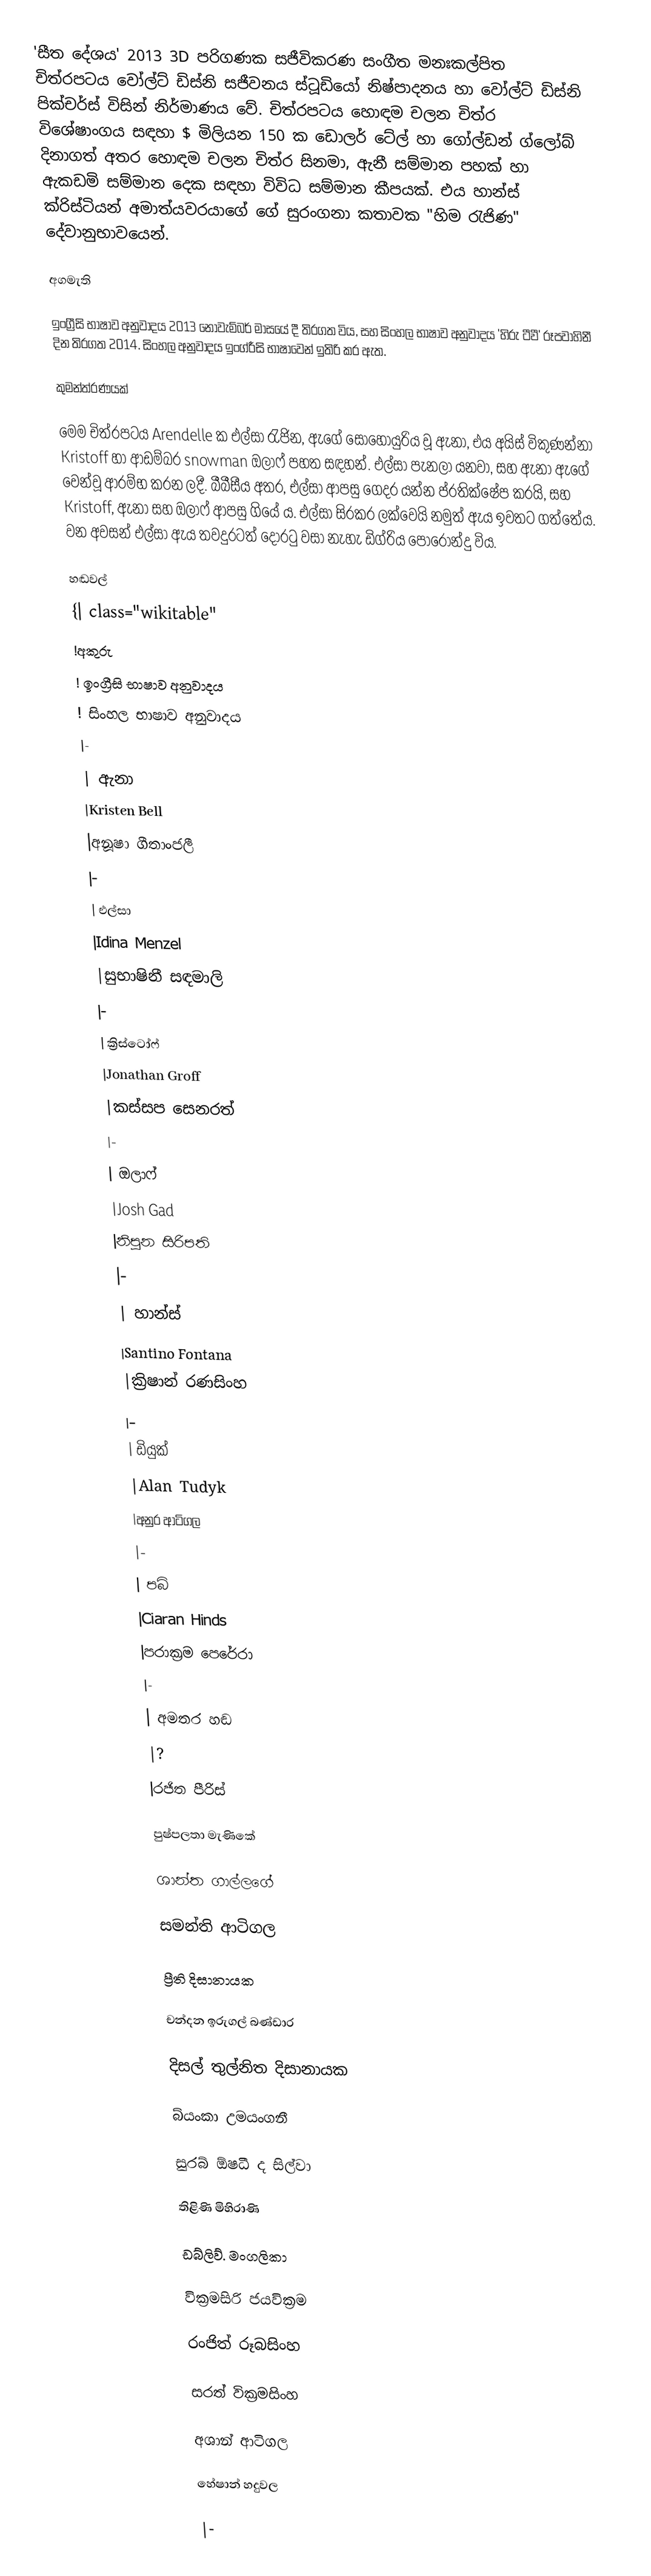
'සීත දේශය' 2013 3D පරිගණක සජීවිකරණ සංගීත මනඃකල්පිත චිත්රපටය වෝල්ට් ඩිස්නි සජීවනය ස්ටූඩියෝ නිෂ්පාදනය හා වෝල්ට් ඩිස්නි පික්චර්ස් විසින් නිර්මාණය වේ.  චිත්රපටය හොඳම චලන චිත්ර විශේෂාංගය සඳහා $ මිලියන 150 ක ඩොලර් ටේල් හා ගෝල්ඩන් ග්ලෝබ් දිනාගත් අතර හොඳම චලන චිත්ර සිනමා, ඇනී සම්මාන පහක් හා ඇකඩමි සම්මාන දෙක සඳහා විවිධ සම්මාන කීපයක්. එය හාන්ස් ක්රිස්ටියන් අමාත්යවරයාගේ ගේ සුරංගනා කතාවක "හිම රැජිණ" දේවානුභාවයෙන්.

අගමැති

ඉංග්‍රීසි භාෂාව අනුවාදය 2013 නොවැම්බර් මාසයේ දී තිරගත විය, සහ සිංහල භාෂාව අනුවාදය 'හිරු ටීවී' රූපවාහිනී දින තිරගත 2014. සිංහල අනුවාදය ඉංග්රීසි භාෂාවෙන් ඉතිරි කර ඇත.

කුමන්ත්රණයක්

මෙම චිත්රපටය Arendelle ක එල්සා රැජින, ඇගේ සොහොයුරිය වූ ඇනා, එය අයිස් විකුණන්නා Kristoff හා ආඩම්බර snowman ඔලාෆ් පහත සඳහන්. එල්සා පැනලා යනවා, සහ ඇනා ඇගේ වෙන්වූ ආරම්භ කරන ලදී. බීබීසීය අතර, එල්සා ආපසු ගෙදර යන්න ප්රතික්ෂේප කරයි, සහ Kristoff, ඇනා සහ ඔලාෆ් ආපසු ගියේ ය. එල්සා සිරකර ලක්වෙයි නමුත් ඇය ඉවතට ගත්තේය. වන අවසන් එල්සා ඇය තවදුරටත් දොරටු වසා නැහැ ඩිග්රිය පොරොන්දු විය.

හඬවල්
{| class="wikitable"
!අකුරු
! ඉංග්‍රීසි භාෂාව අනුවාදය
! සිංහල භාෂාව අනුවාදය
|-
| ඇනා
|Kristen Bell
|අනූෂා ගීතාංජලී
|-
| එල්සා
|Idina Menzel
|සුභාෂිනී සඳමාලි
|-
| ක්‍රිස්ටෝෆ්
|Jonathan Groff
|කස්සප සෙනරත්
|-
| ඔලාෆ්
|Josh Gad
|නිපුන සිරිපති
|-
| හාන්ස්
|Santino Fontana
|ක්‍රිෂාන් රණසිංහ
|-
| ඩියුක්
|Alan Tudyk
|අනුර ආටිගල
|-
| පබි
|Ciaran Hinds
|පරාක්‍රම පෙරේරා
|-
| අමතර හඬ
|?
|රජිත පීරිස්

පුෂ්පලතා මැණිකේ

ශාන්ත ගාල්ලගේ

සමන්ති ආටිගල

ප්‍රීති දිසානායක

චන්දන ඉරුගල් බණ්ඩාර

දිසල් තුල්නිත දිසානායක

බ්යංකා උමයංගනී

සුරබ් ඕෂධී ද සිල්වා

තිළිණි මිහිරාණි

ඩබ්ලිව්. මංගලිකා

වික්‍රමසිරි ජයවික්‍රම

රංජිත් රූබසිංහ

සරත් වික්‍රමසිංහ

අශාන් ආටිගල

හේෂාන් හදුවල

|-